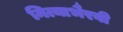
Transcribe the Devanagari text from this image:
नित्याभैरवी